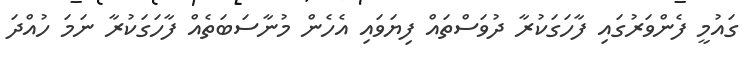
ގައުމީ ފެންވަރުގައި ފާހަގަކުރާ ދުވަސްތައް ފިޔަވައި އެހެން މުނާސަބަތެއް ފާހަގަކުރާ ނަމަ ހުއްދަ